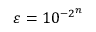
\varepsilon = 1 0 ^ { - 2 ^ { n } }